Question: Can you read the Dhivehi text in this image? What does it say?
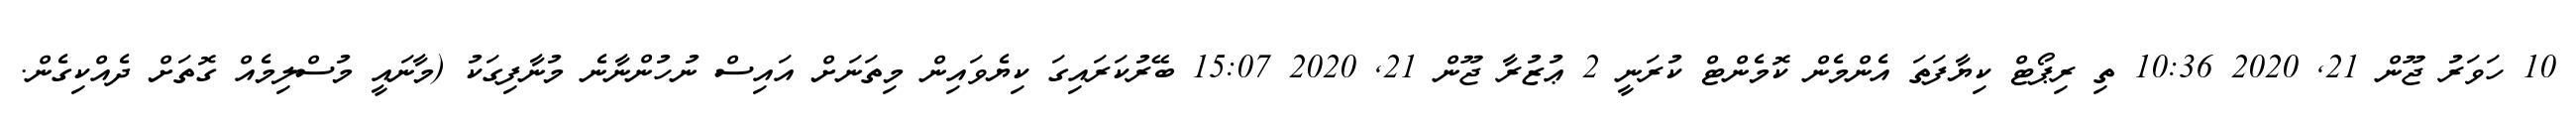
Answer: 10 ހަވަރު ޖޫން 21, 2020 10:36 ތި ރިޕޯޓް ކިޔާފަތަ އެންމެން ކޮމެންޓް ކުރަނީ 2 ޢުޒުރާ ޖޫން 21, 2020 15:07 ބޭރުކަރައިގަ ކިޔެވައިން މިތަނަށް އައިސް ނުހުންނާނެ މުނާފިގަކު (މާނައީ މުސްލިމެއް ގޮތަށް ދެއްކިގެން.